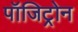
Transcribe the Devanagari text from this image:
पॉजिट्रोन